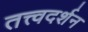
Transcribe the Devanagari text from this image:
तत्त्वदर्शन